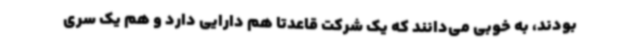
بودند، به خوبی می‌دانند که یک شرکت قاعدتا هم دارایی دارد و هم یک ‌سری